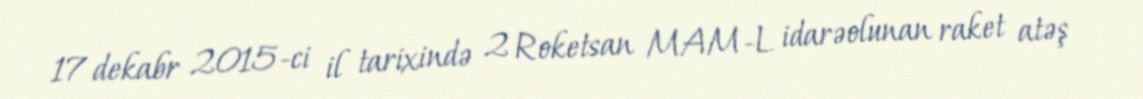
17 dekabr 2015-ci il tarixində 2 Roketsan MAM-L idarəolunan raket atəş